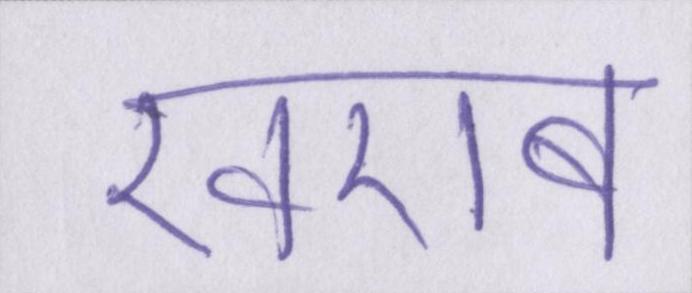
खराब